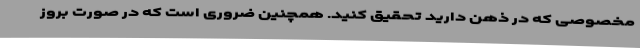
مخصوصی که در ذهن دارید تحقیق کنید. همچنین ضروری است که در صورت بروز